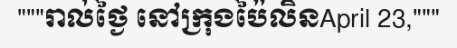
"""រាល់ថ្ងៃ នៅក្រុងប៉ៃលិនApril 23,"""